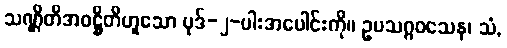
သဏ္ဌိတိအဝဋ္ဌိတိဟူသော ပုဒ်-၂-ပါးအပေါင်းကို။ ဥပသဂ္ဂဝသေန၊ သံ,